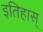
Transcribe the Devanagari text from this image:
इतिहास्